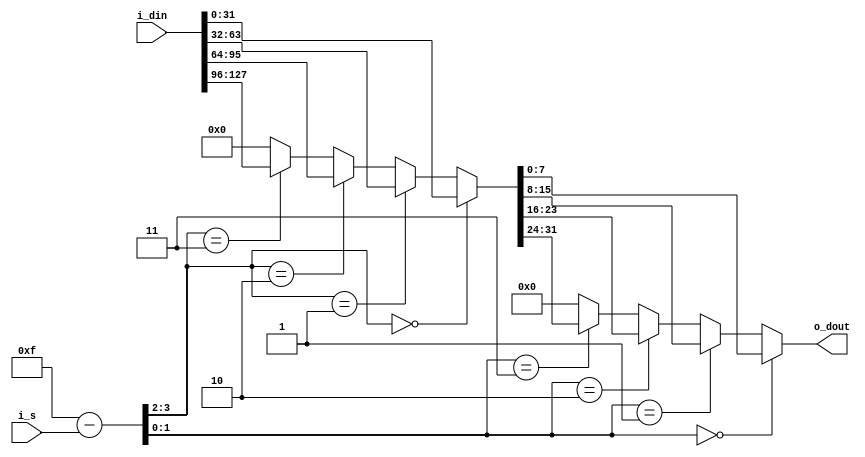
/*  
Copyright 2019 XCrypt Studio                
																	 
Licensed under the Apache License, Version 2.0 (the "License");         
you may not use this file except in compliance with the License.        
You may obtain a copy of the License at                                 
																	 
 http://www.apache.org/licenses/LICENSE-2.0                          
																	 
Unless required by applicable law or agreed to in writing, software    
distributed under the License is distributed on an "AS IS" BASIS,       
WITHOUT WARRANTIES OR CONDITIONS OF ANY KIND, either express or implied.
See the License for the specific language governing permissions and     
limitations under the License.                                          
*/  

// ------------------------------------------------------------------------------
// Function         :   CAST5 Cryptographic Algorithm Core GB
//				    :   #define GB(x, i) (((x[(15-i)>>2])>>(unsigned)(8*((15-i)&3)))&255)
// ------------------------------------------------------------------------------
// Version            v-1.0
// ------------------------------------------------------------------------------

`timescale 1ns / 1ps

module cast5_gb(
	input 	[3:0]	i_s,    //i
    input   [127:0] i_din,  //x
    output  [7:0]   o_dout
    );

	wire [31:0] s_dw;
		
	function [31:0] WS;
		input [127:0] D;
		input [3:0]	  S;
		reg   [3:0]   Sx;
		begin
			Sx = 15 - S;
			WS = (Sx[3:2] == 2'b00) ? D[31: 0] :
				((Sx[3:2] == 2'b01) ? D[63:32] :
				((Sx[3:2] == 2'b10) ? D[95:64] :
				((Sx[3:2] == 2'b11) ? D[127:96]: 32'b0)));
		end
	endfunction
	
	function [31:0] SR;
		input [31:0] D;
		input [3:0]  S;
		reg   [3:0]  Sx;
		begin
			Sx = 15 - S;	
			SR = (Sx[1:0] == 2'b00) ? D[7: 0] :
				((Sx[1:0] == 2'b01) ? D[15:8] :
				((Sx[1:0] == 2'b10) ? D[23:16]:
				((Sx[1:0] == 2'b11) ? D[31:24]: 8'b0)));
		end
	endfunction;
	
	assign s_dw = WS(i_din,i_s);
	assign o_dout = SR(s_dw,i_s);
	
endmodule